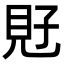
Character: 覎